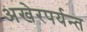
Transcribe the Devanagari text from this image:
अखेरपर्यन्त